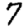
Digit: 7